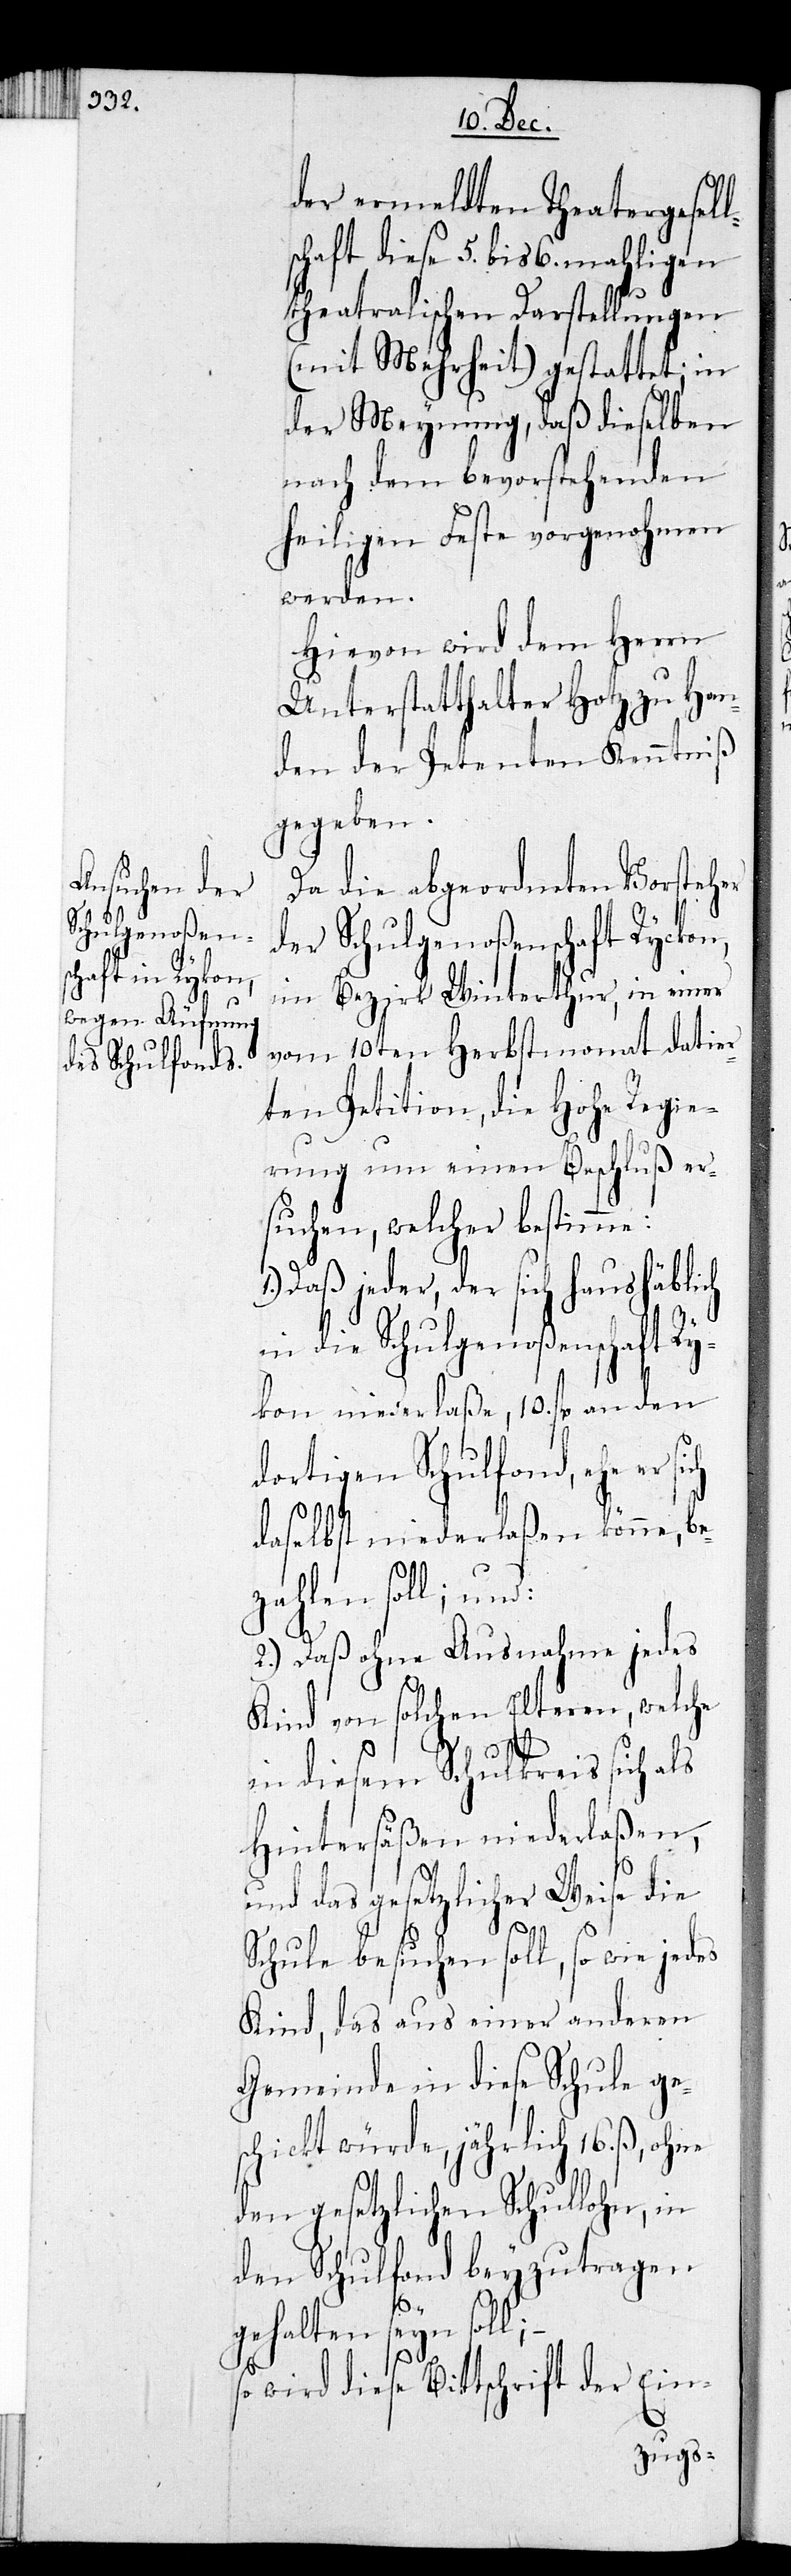
der ermeldten Theatergesell¬
schaft, diese 5. bis 6. mahligen
theatralischen Darstellungen
(mit Mehrheit) gestattet; in
der Meynung, daß dieselben
nach dem bevorstehenden
heiligen Feste vorgenohmen
werden.
Hievon wird dem Herrn
Unterstatthalter Hotz zu Han¬
den der Petenten Kenntniß
gegeben.
Da die abgeordneten Vorsteher
der Schulgenoßenschaft Rykon,
im Bezirk Winterthur, in einer
vom 10ten Herbstmonat datier¬
ten Petition, die Hohe Regie¬
rung um einen Beschluß er¬
suchen, welcher bestimme:
Daß jeder, der sich haushäblich
in die Schulgenoßenschaft Ry¬
kon niederlaße, 10. fl. an den
dortigen Schulfond, ehe er
daselbst niederlaßen könne, be¬
zahlen soll; und:
2.) Daß ohne Ausnahme jedes
Kind von solchen Elteren, welche
in diesem Schulkreis sich als
Hintersäßen niederlaßen,
und das gesetzlicher Weise die
Schule besuchen soll, so wie jedes
Kind, daß aus einer anderen
Gemeinde in diese Schule ge¬
schickt würde, jährlich 16. ß,
den gesetzlichen Schullohn, in
den Schulfond beyzutragen
gehalten seyn soll;
so wird diese Bittschrift der Ein-